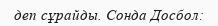
деп сұрайды. Сонда Досбол: